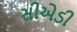
સીએડી